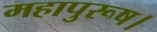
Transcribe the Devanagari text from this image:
महापुरूष।